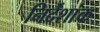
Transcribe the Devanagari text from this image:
निर्देंशांक